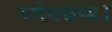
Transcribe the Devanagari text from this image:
गणेशखण्ड।